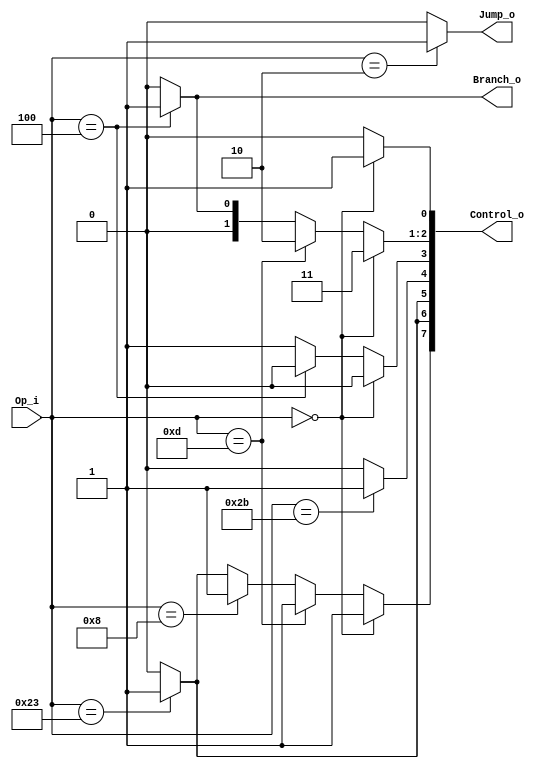
module Control
(
    Op_i, 
    Jump_o,
    Branch_o,
    Control_o
);

/* Ports */
input   [5:0]   Op_i;
output          Jump_o;     /* j-type: 1, other: 0 */
output          Branch_o;   /* beq: 1, other: 0 */
output  [7:0]   Control_o;

wire            ALUSrc;     /* r-type beq: 0, other: 1 */
wire    [1:0]   ALUOp;      /* L/S add: 00, beq sub: 01, r-type: 11, ori: 10 */
wire            RegDst;     /* r-type: 1, other: 0 */
wire            MemRead;    /* lw: 1, other: 0 */
wire            MemtoReg;   /* lw: 1, other: 0 */
wire            MemWrite;   /* sw: 1, other: 0 */
wire            RegWrite;   /* r-type ori lw: 1, other: 0 */

/* Output Control */
assign  Jump_o      =   (Op_i == 6'b000010)? 1 : 0;
assign  Branch_o    =   (Op_i == 6'b000100)? 1 : 0;

// WB
assign  RegWrite    =   (Op_i == 6'b000000)? 1 :
                        (Op_i == 6'b001101)? 1 :
                        (Op_i == 6'b001000)? 1 :
                        (Op_i == 6'b100011)? 1 : 0;
assign  MemtoReg    =   (Op_i == 6'b100011)? 1 : 0;

// MEM
assign  MemRead     =   (Op_i == 6'b100011)? 1 : 0;
assign  MemWrite    =   (Op_i == 6'b101011)? 1 : 0;

// EX
assign  ALUSrc      =   (Op_i == 6'b000000)? 0 :
                        (Op_i == 6'b000100)? 0 : 1;
assign  ALUOp       =   (Op_i == 6'b000000)? 2'b11 :
                        (Op_i == 6'b001101)? 2'b10 :
                        (Op_i == 6'b000100)? 2'b01 : 2'b00;
assign  RegDst      =   (Op_i == 6'b000000)? 1 : 0;

/* Final output */
assign  Control_o   =   {RegWrite, MemtoReg, MemRead, MemWrite, ALUSrc, ALUOp, RegDst};

endmodule